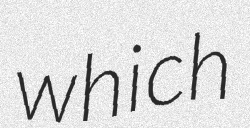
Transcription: which